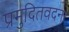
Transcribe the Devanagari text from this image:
प्रमुदितवदना